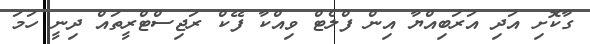
ގާކޮށި އަދި އަރަބިއްޔާ އިން ފްލެޓް ވިއްކާ ފޭކް ރަޖިސްޓްރީތައް ދިނީ ހަމަ